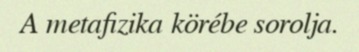
A metafizika körébe sorolja.